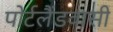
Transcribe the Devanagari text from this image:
पोर्टलैंडवासी